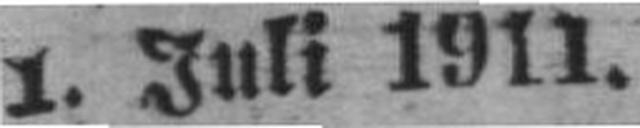
1. Juli 1911.